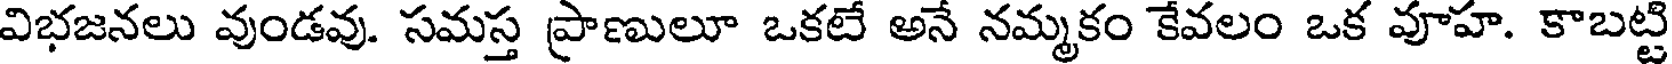
విభజనలు వుండవు. సమస్త ప్రాణులూ ఒకటే అనే నమ్మకం కేవలం ఒక వూహ. కాబట్టి